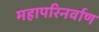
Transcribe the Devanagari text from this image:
महापरिनर्वाण